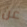
عن